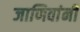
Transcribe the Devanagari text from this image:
जाणिवांनी